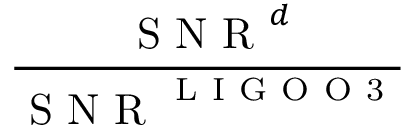
\frac { \mathrm { ~ S ~ N ~ R ~ } ^ { d } } { \mathrm { ~ S ~ N ~ R ~ } ^ { \mathrm { ~ L ~ I ~ G ~ O ~ O ~ 3 ~ } } }